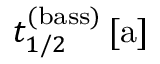
t _ { 1 / 2 } ^ { ( \mathrm { b a s s } ) } \, [ \mathrm { a } ]